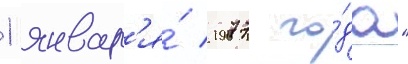
1 январ'я́ 1977 го́да"